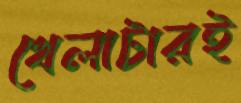
খেলাটারই